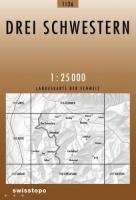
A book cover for Drei Schwestern; Travel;